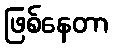
ဖြစ်နေတာ